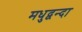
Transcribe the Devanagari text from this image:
मधुद्वन्दा